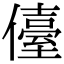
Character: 儓